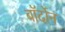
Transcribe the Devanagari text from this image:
बॉर्दोन